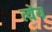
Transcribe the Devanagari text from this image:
त्येय